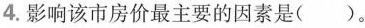
4.影响该市房价最主要的因素是()。